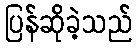
ပြန်ဆိုခဲ့သည်